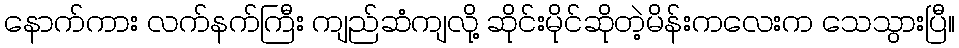
နောက်ကား လက်နက်ကြီး ကျည်ဆံကျလို့ ဆိုင်းမိုင်ဆိုတဲ့မိန်းကလေးက သေသွားပြီ။